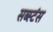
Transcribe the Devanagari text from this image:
सब्स्टंस